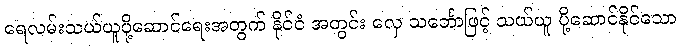
ရေလမ်းသယ်ယူပို့ဆောင်ရေးအတွက် နိုင်ငံ အတွင်း လှေ သင်္ဘောဖြင့် သယ်ယူ ပို့ဆောင်နိုင်သော